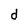
Character: d